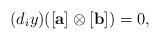
LaTeX: \begin{align*} (d_iy)([\mathbf{a}]\otimes [\mathbf{b}])=0, \end{align*}